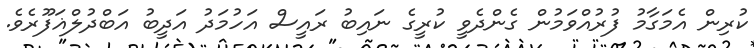
ކުރިން އެމަގާމު ފުރުއްވަމުން ގެންދެވީ ކުރީގެ ނައިބު ރައީސް އަހުމަދު އަދީބު އަބްދުލްޣަފޫރެވެ.